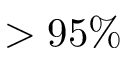
> 9 5 \%